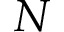
N